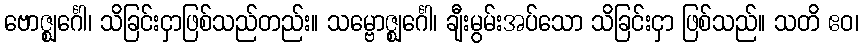
ဗောဇ္ဈင်္ဂေါ၊ သိခြင်းငှာဖြစ်သည်တည်း။ သမ္ဗောဇ္ဈင်္ဂေါ၊ ချီးမွမ်းအပ်သော သိခြင်းငှာ ဖြစ်သည်။ သတိ ဧဝ၊